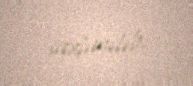
saxlanılıb.